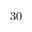
3 0